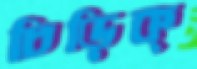
চিড়িক্‌